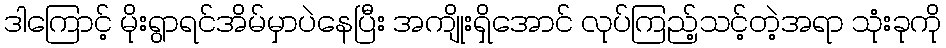
ဒါကြောင့် မိုးရွာရင်အိမ်မှာပဲနေပြီး အကျိုးရှိအောင် လုပ်ကြည့်သင့်တဲ့အရာ သုံးခုကို